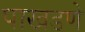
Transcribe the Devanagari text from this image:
पाखडणे